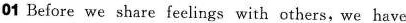
01 Before we share feelings with others,we have